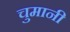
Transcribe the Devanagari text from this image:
चुमानी